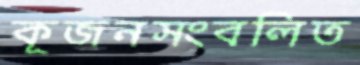
কূজনসংবলিত